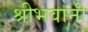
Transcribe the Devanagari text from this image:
श्रीभवानी